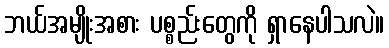
ဘယ်အမျိုးအစား ပစ္စည်းတွေကို ရှာနေပါသလဲ။